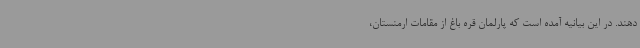
دهند. در این بیانیه آمده است که پارلمان قره باغ از مقامات ارمنستان،